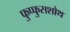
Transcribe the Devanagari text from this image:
फुप्फुसशोथ